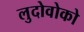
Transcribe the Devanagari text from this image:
लुदोवोको